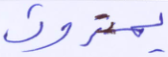
يمترون